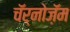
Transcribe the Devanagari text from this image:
चॅर्नोज़ॅम